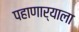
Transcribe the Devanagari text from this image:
पहाणार्‍याला